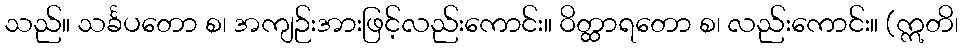
သည်။ သင်္ခပတော စ၊ အကျဉ်းအားဖြင့်လည်းကောင်း။ ဝိတ္ထာရတော စ၊ လည်းကောင်း။ (ဣတိ၊